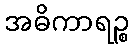
အဓိကာရဉ္စ